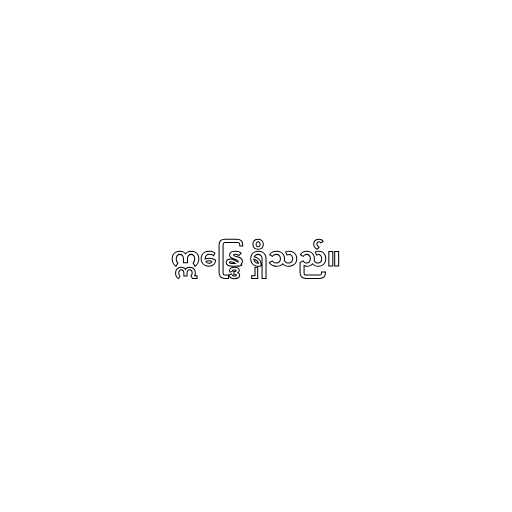
ဣန္ဒြေ ရှိသည်။